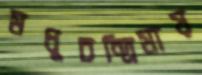
মধুচন্দ্রিমায়